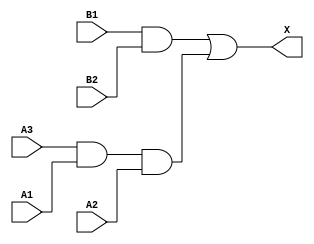
/*
 * Copyright 2020 The SkyWater PDK Authors
 *
 * Licensed under the Apache License, Version 2.0 (the "License");
 * you may not use this file except in compliance with the License.
 * You may obtain a copy of the License at
 *
 *     https://www.apache.org/licenses/LICENSE-2.0
 *
 * Unless required by applicable law or agreed to in writing, software
 * distributed under the License is distributed on an "AS IS" BASIS,
 * WITHOUT WARRANTIES OR CONDITIONS OF ANY KIND, either express or implied.
 * See the License for the specific language governing permissions and
 * limitations under the License.
 *
 * SPDX-License-Identifier: Apache-2.0
*/


`ifndef SKY130_FD_SC_HD__A32O_BEHAVIORAL_V
`define SKY130_FD_SC_HD__A32O_BEHAVIORAL_V

/**
 * a32o: 3-input AND into first input, and 2-input AND into
 *       2nd input of 2-input OR.
 *
 *       X = ((A1 & A2 & A3) | (B1 & B2))
 *
 * Verilog simulation functional model.
 */

`timescale 1ns / 1ps
`default_nettype none

`celldefine
module sky130_fd_sc_hd__a32o (
    X ,
    A1,
    A2,
    A3,
    B1,
    B2
);

    // Module ports
    output X ;
    input  A1;
    input  A2;
    input  A3;
    input  B1;
    input  B2;

    // Module supplies
    supply1 VPWR;
    supply0 VGND;
    supply1 VPB ;
    supply0 VNB ;

    // Local signals
    wire and0_out ;
    wire and1_out ;
    wire or0_out_X;

    //  Name  Output     Other arguments
    and and0 (and0_out , A3, A1, A2        );
    and and1 (and1_out , B1, B2            );
    or  or0  (or0_out_X, and1_out, and0_out);
    buf buf0 (X        , or0_out_X         );

endmodule
`endcelldefine

`default_nettype wire
`endif  // SKY130_FD_SC_HD__A32O_BEHAVIORAL_V